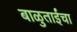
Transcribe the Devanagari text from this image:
बाळुताईंचा